画像に写った文字を読んでください
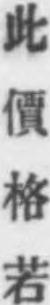
「此價格若」と書いてあります